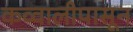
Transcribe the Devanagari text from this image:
कव्वालीपासून